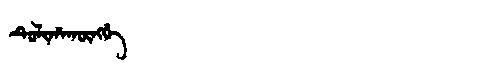
Manchu: ᡨᡠᠯᡳᡥᠠᡴᡡᠩᡤᡝ
Romanization: TULIHAKŪNGGE